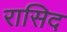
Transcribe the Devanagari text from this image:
रासिद